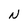
Character: N